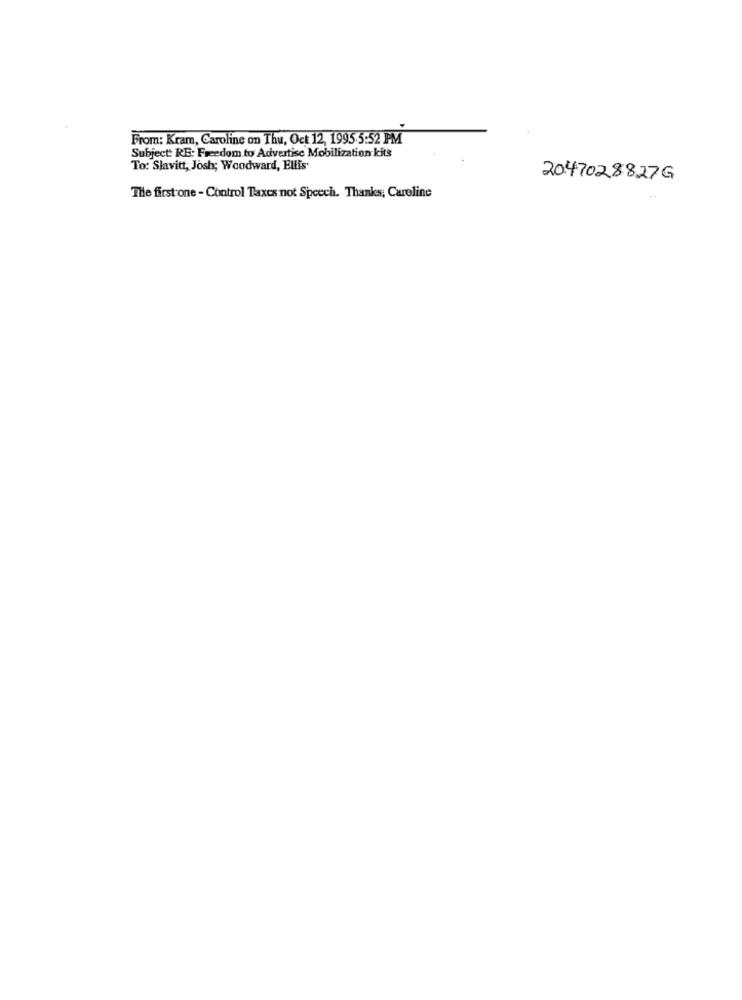
From: Kram, Caroline on Thu, Oct 12, 1995.5:52 PM
Subject: RE: Freedom to Advertise Mobilization kits
To: Slavitt, Josh; Woodward, Ellis'
2047028827G
The first one - Control Taxes not Speech. Thanks; Caroline